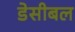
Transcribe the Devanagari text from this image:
डेसीबल